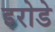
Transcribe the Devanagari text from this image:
इरोडे